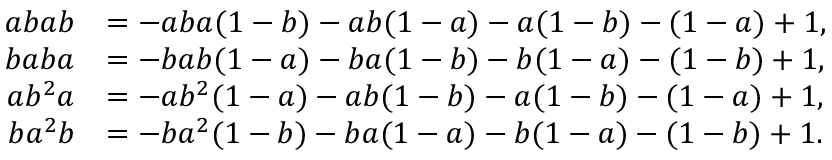
\begin{array} { r l } { a b a b } & { = - a b a ( 1 - b ) - a b ( 1 - a ) - a ( 1 - b ) - ( 1 - a ) + 1 , } \\ { b a b a } & { = - b a b ( 1 - a ) - b a ( 1 - b ) - b ( 1 - a ) - ( 1 - b ) + 1 , } \\ { a b ^ { 2 } a } & { = - a b ^ { 2 } ( 1 - a ) - a b ( 1 - b ) - a ( 1 - b ) - ( 1 - a ) + 1 , } \\ { b a ^ { 2 } b } & { = - b a ^ { 2 } ( 1 - b ) - b a ( 1 - a ) - b ( 1 - a ) - ( 1 - b ) + 1 . } \end{array}